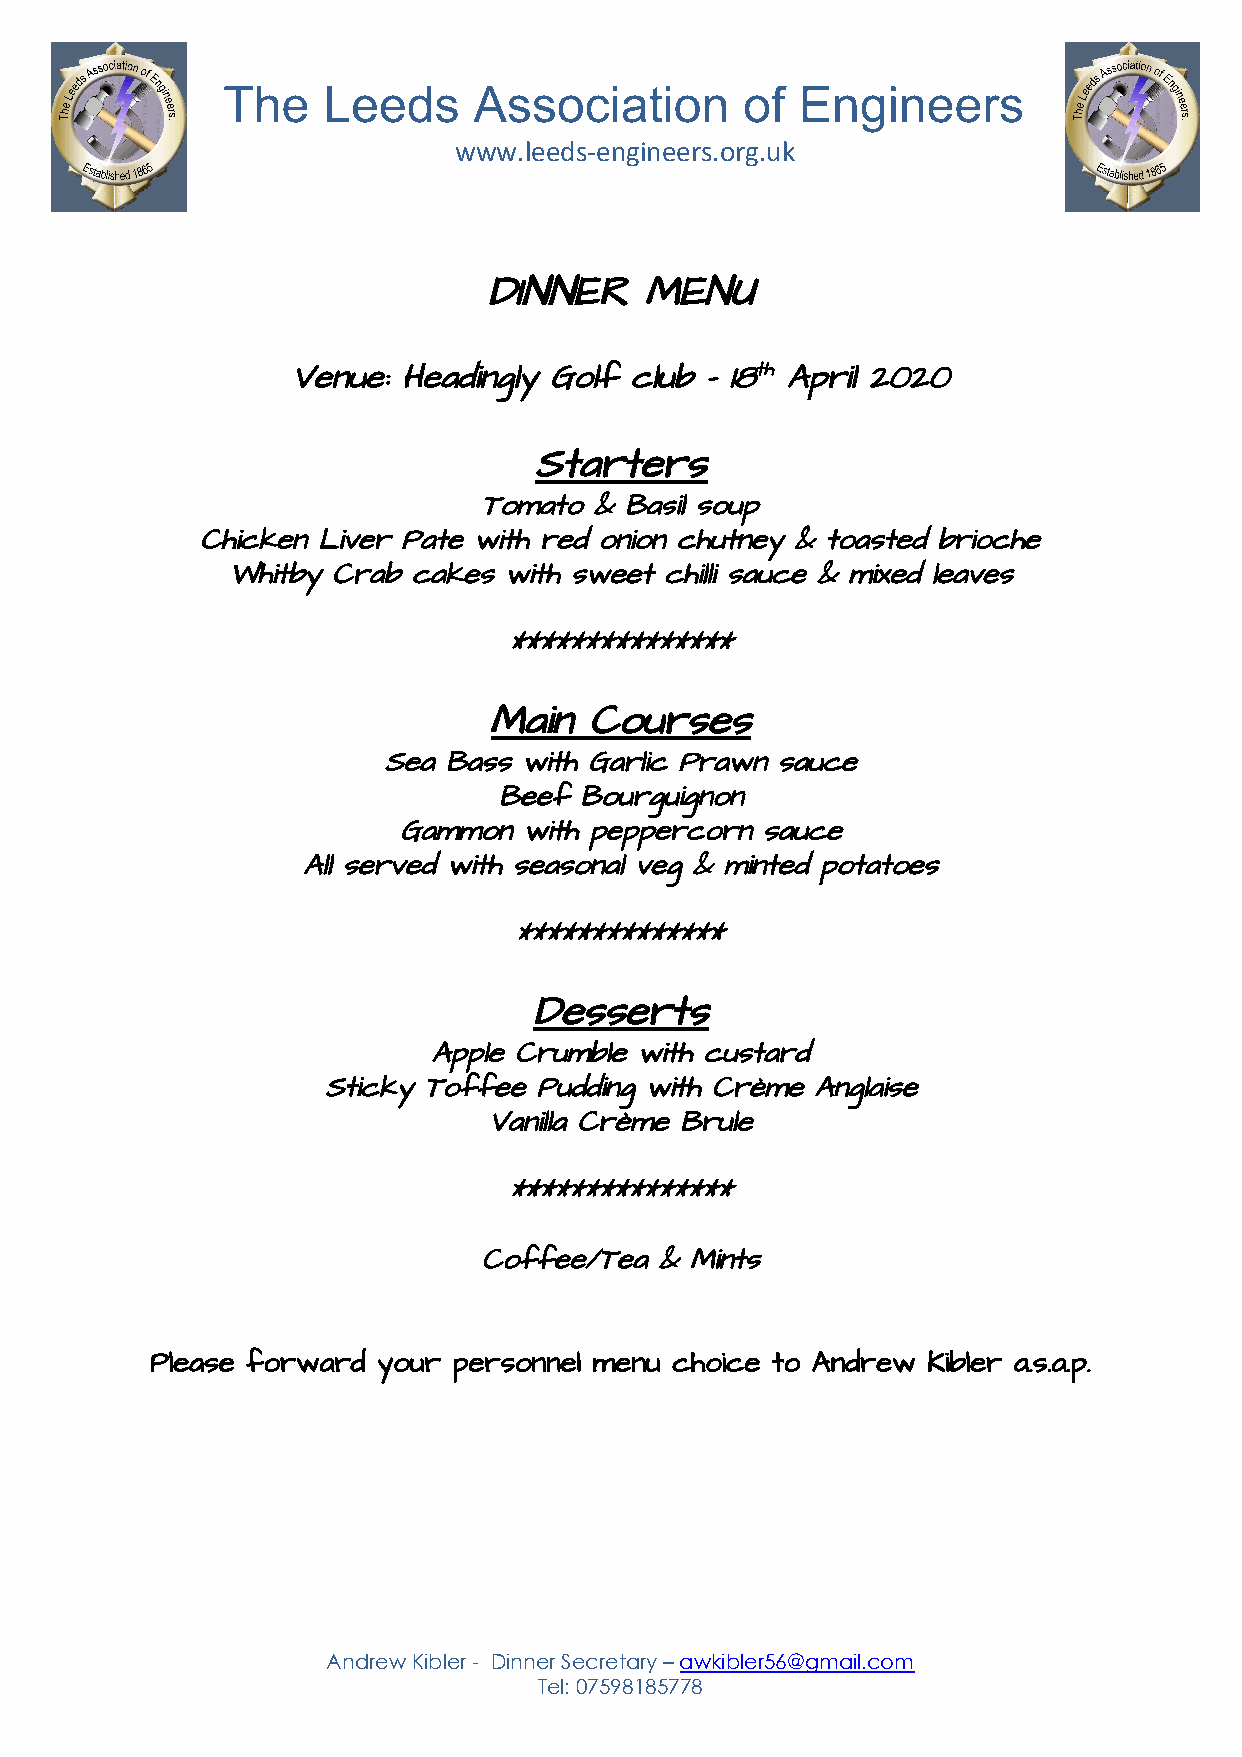
The   Leeds     Association       of  Engineers
 www.leeds-engineers.org.uk
 DINNER    MENU
 Venue: Headingly Golf club – 18th ​ April 2020
 ​
 Starters
 Tomato & Basil soup
 Chicken Liver Pate with red onion chutney & toasted brioche
 Whitby Crab cakes with sweet chilli sauce & mixed leaves
 ***************
 Main   Courses
 Sea Bass with Garlic Prawn sauce
 Beef Bourguignon
 Gammon  with peppercorn sauce
 All served with seasonal veg & minted potatoes
 **************
 Desserts
 Apple Crumble with custard
 Sticky Toffee Pudding with Crème Anglaise
 Vanilla Crème Brule
 ***************
 Coffee/Tea & Mints
 Please forward your personnel menu choice to Andrew Kibler a.s.a.p.
 Andrew Kibler - Dinner Secretary – awkibler56@gmail.com
 ​
 Tel: 07598185778